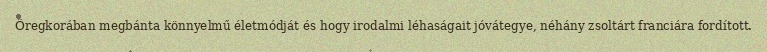
Öregkorában megbánta könnyelmű életmódját és hogy irodalmi léhaságait jóvátegye, néhány zsoltárt franciára fordított.